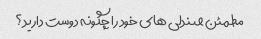
مطمئن صندلی های خود را چگونه دوست دارید؟